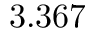
3 . 3 6 7